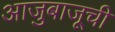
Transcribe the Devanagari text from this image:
आजुबाजूची